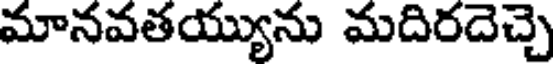
మానవతయ్యును మదిరదెచ్చె